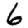
Digit: 6